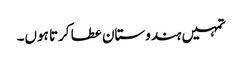
تمہیں ہندوستان عطا کرتا ہوں۔